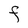
Character: F